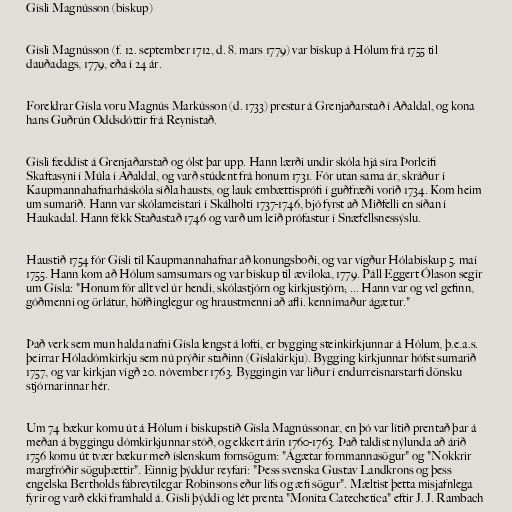
Gísli Magnússon (biskup)

Gísli Magnússon (f. 12. september 1712, d. 8. mars 1779) var biskup á Hólum frá 1755 til
dauðadags, 1779, eða í 24 ár.

Foreldrar Gísla voru Magnús Markússon (d. 1733) prestur á Grenjaðarstað í Aðaldal, og kona
hans Guðrún Oddsdóttir frá Reynistað.

Gísli fæddist á Grenjaðarstað og ólst þar upp. Hann lærði undir skóla hjá síra Þorleifi
Skaftasyni í Múla í Aðaldal, og varð stúdent frá honum 1731. Fór utan sama ár, skráður í
Kaupmannahafnarháskóla síðla hausts, og lauk embættisprófi í guðfræði vorið 1734. Kom heim
um sumarið. Hann var skólameistari í Skálholti 1737-1746, bjó fyrst að Miðfelli en síðan í
Haukadal. Hann fékk Staðastað 1746 og varð um leið prófastur í Snæfellsnessýslu.

Haustið 1754 fór Gísli til Kaupmannahafnar að konungsboði, og var vígður Hólabiskup 5. maí
1755. Hann kom að Hólum samsumars og var biskup til æviloka, 1779. Páll Eggert Ólason segir
um Gísla: "Honum fór allt vel úr hendi, skólastjórn og kirkjustjórn; ... Hann var og vel gefinn,
góðmenni og örlátur, höfðinglegur og hraustmenni að afli. kennimaður ágætur."

Það verk sem mun halda nafni Gísla lengst á lofti, er bygging steinkirkjunnar á Hólum, þ.e.a.s.
þeirrar Hóladómkirkju sem nú prýðir staðinn (Gíslakirkju). Bygging kirkjunnar hófst sumarið
1757, og var kirkjan vígð 20. nóvember 1763. Byggingin var liður í endurreisnarstarfi dönsku
stjórnarinnar hér.

Um 74 bækur komu út á Hólum í biskupstíð Gísla Magnússonar, en þó var lítið prentað þar á
meðan á byggingu dómkirkjunnar stóð, og ekkert árin 1760-1763. Það taldist nýlunda að árið
1756 komu út tvær bækur með íslenskum fornsögum: "Ágætar fornmannasögur" og "Nokkrir
margfróðir söguþættir". Einnig þýddur reyfari: "Þess svenska Gustav Landkrons og þess
engelska Bertholds fábreytilegar Robinsons eður lífs og æfi sögur". Mæltist þetta misjafnlega
fyrir og varð ekki framhald á. Gísli þýddi og lét prenta "Monita Catechetica" eftir J. J. Rambach